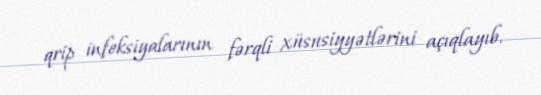
qrip infeksiyalarının fərqli xüsusiyyətlərini açıqlayıb.